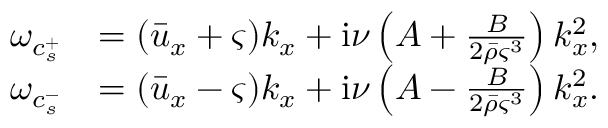
\begin{array} { r l } { \omega _ { c _ { s } ^ { + } } } & { = ( \bar { u } _ { x } + \varsigma ) k _ { x } + \mathrm { i } \nu \left( A + \frac { B } { 2 \bar { \rho } \varsigma ^ { 3 } } \right) k _ { x } ^ { 2 } , } \\ { \omega _ { c _ { s } ^ { - } } } & { = ( \bar { u } _ { x } - \varsigma ) k _ { x } + \mathrm { i } \nu \left( A - \frac { B } { 2 \bar { \rho } \varsigma ^ { 3 } } \right) k _ { x } ^ { 2 } . } \end{array}